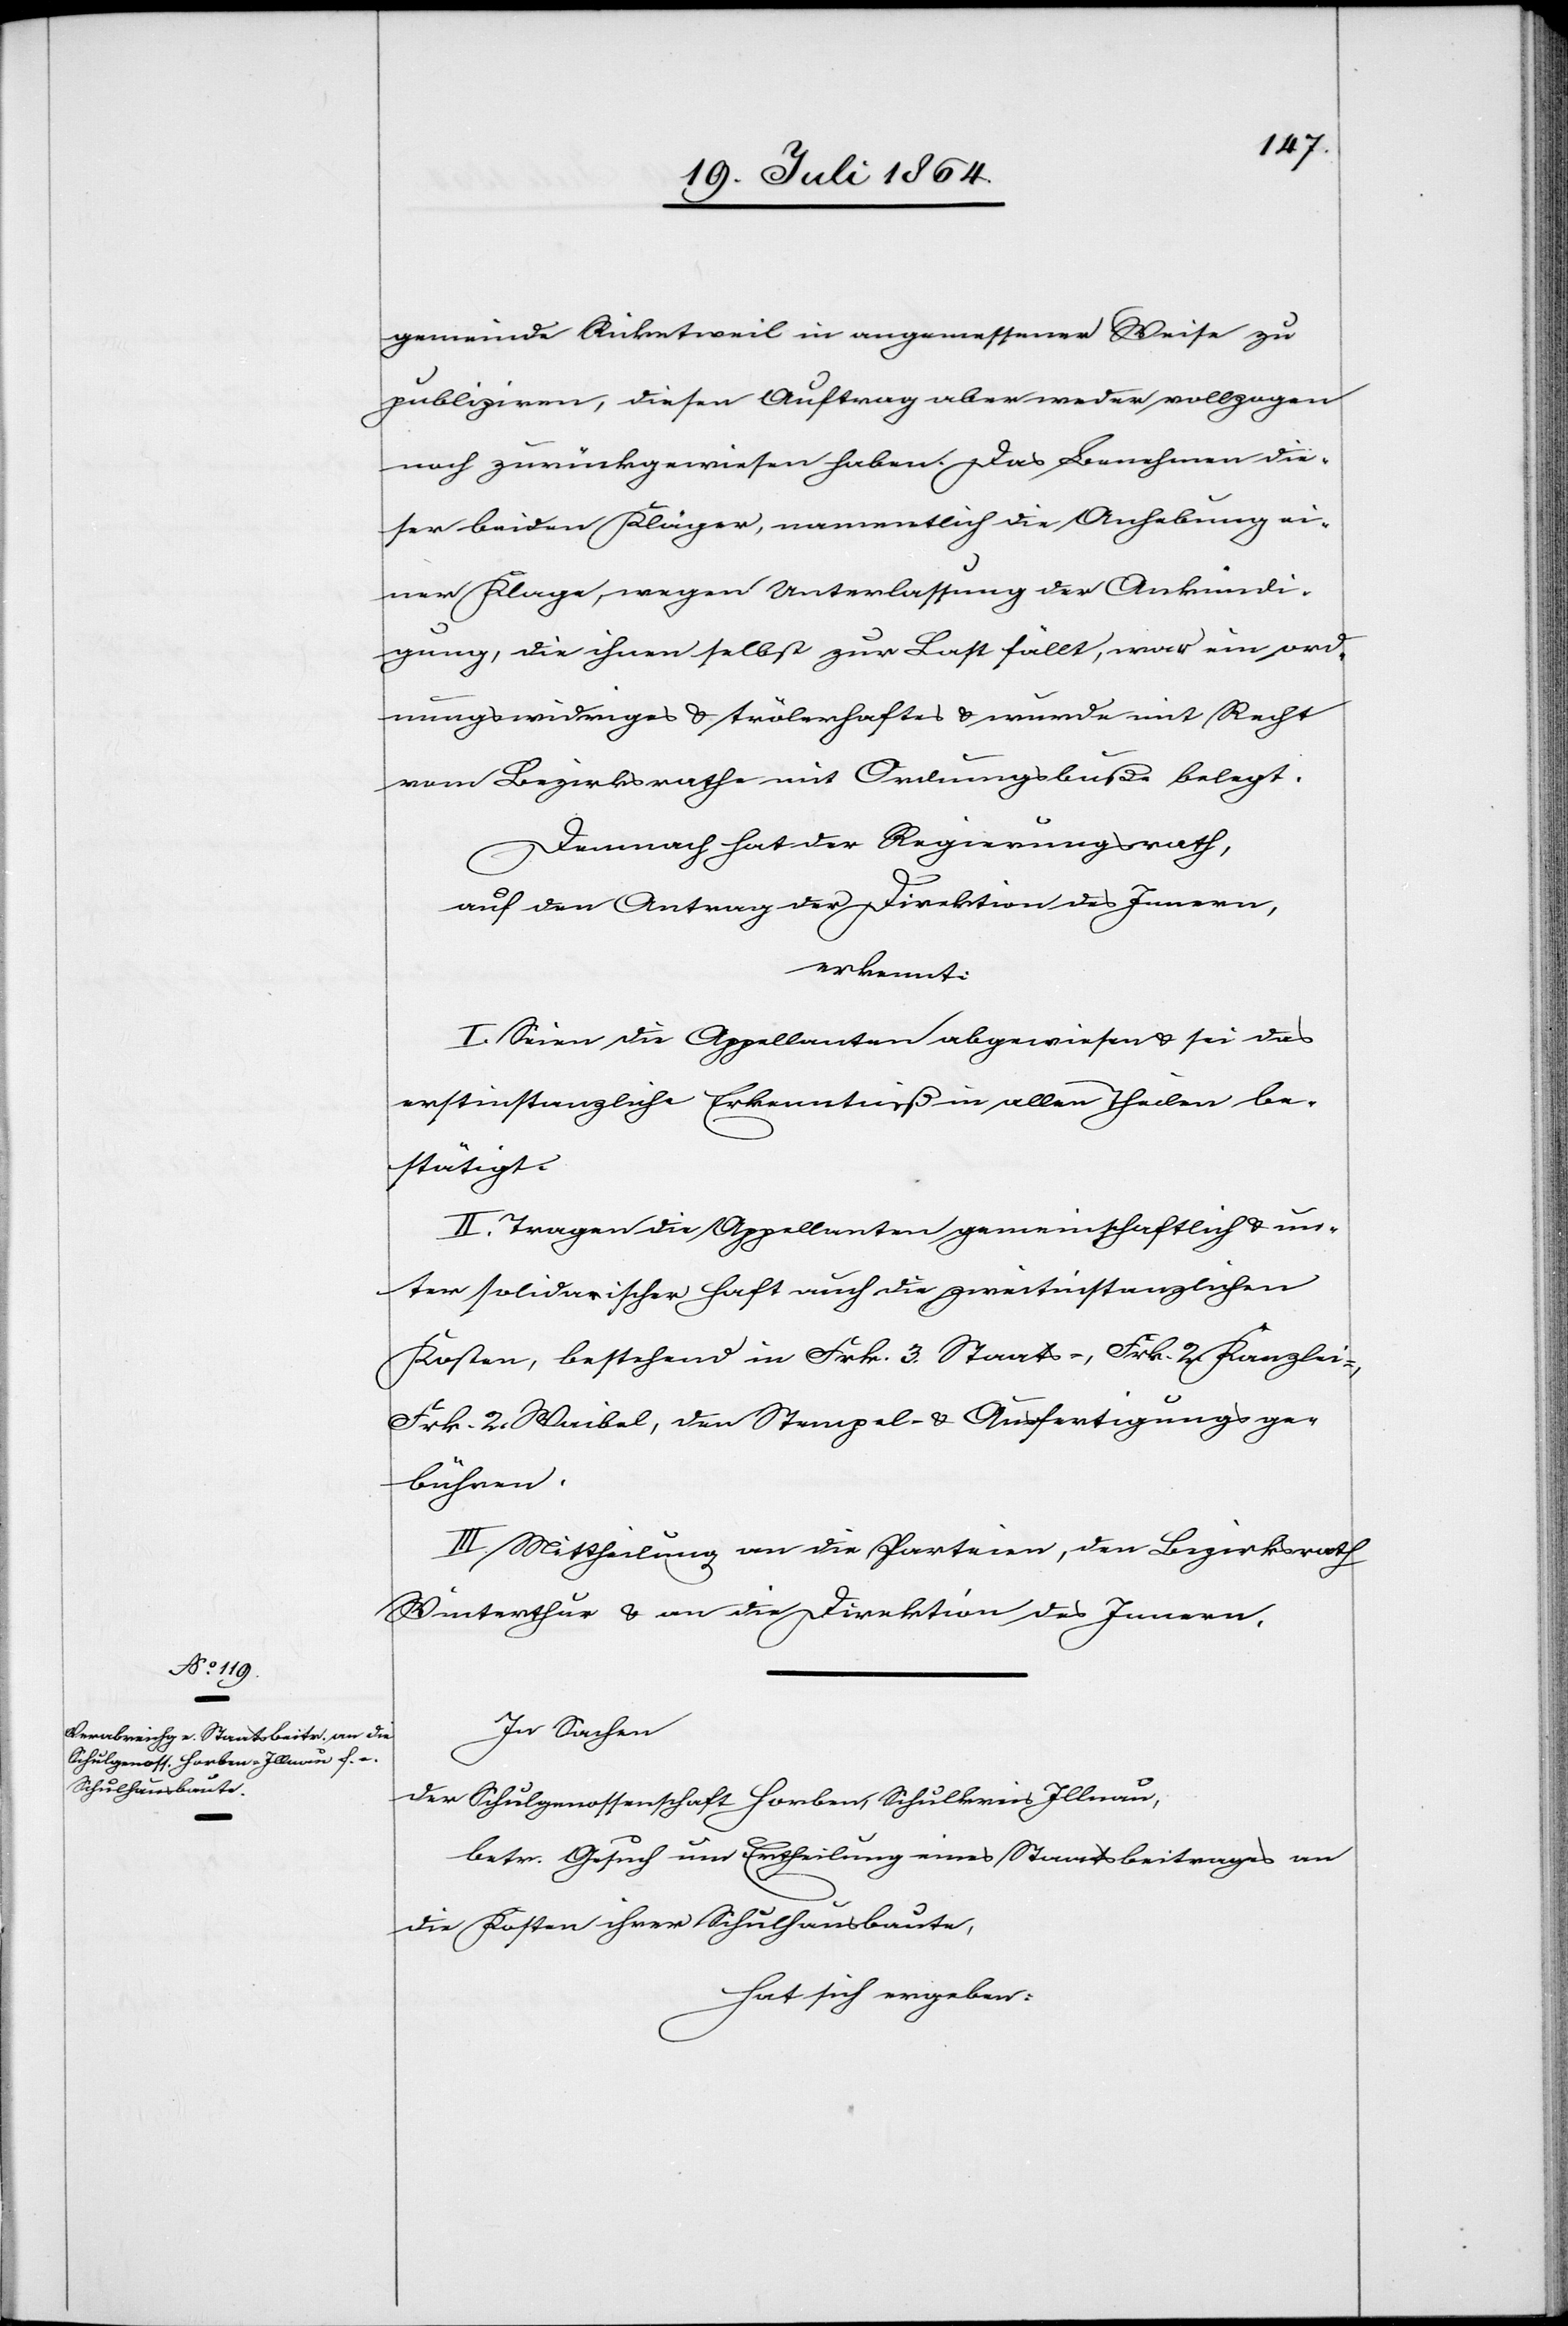
gemeinde Ricketweil in angemessener Weise zu
publiziren, diesen Auftrag aber weder vollzogen
noch zurückgewiesen haben. Das Benehmen die¬
ser beiden Kläger, namentlich die Anhebung ei¬
ner Klage, wegen Unterlassung der Ankündi¬
gung, die ihnen selbst zur Last fällt, war ein ord¬
nungswidriges u. trölerhaftes u. wurde mit Recht
vom Bezirksrathe mit Ordnungsbuße belegt.
Demnach hat der Regierungsrath,
auf den Antrag der Direktion des Innern,
erkannt:
I. Seien die Appellanten abgewiesen u. sei das
erstinstanzliche Erkenntniß in allen Theilen be¬
stätigt.
II. Tragen die Appellanten gemeinschaftlich u. un¬
ter solidarischer Haft auch die zweitinstanzlichen
Kosten, bestehend in Frk. 3. Staats-, Frk. 2. Kanzlei-,
Frk. 2. Waibel[-], den Stempel- u. Ausfertigungsge¬
bühren.
III. Mittheilung an die Parteien, den Bezirksrath
Winterthur u. an die Direktion des Innern.
In Sachen
der Schulgenossenschaft Horben, Schulkreis Illnau,
betr. Gesuch um Ertheilung eines Staatsbeitrages an
die Kosten ihrer Schulhausbaute,
hat sich ergeben: